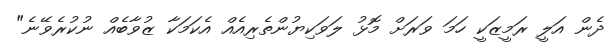
ދެން އަލީ ރަމީޒަކީ ހަމަ ވަރަށް މޮޅު ލަވަކިޔުންތެރިއެއް އެކަމަކާ ޒުވާބެއް ނުކުރެވޭނެ"